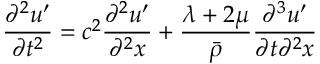
\frac { \partial ^ { 2 } u ^ { \prime } } { \partial t ^ { 2 } } = c ^ { 2 } \frac { \partial ^ { 2 } u ^ { \prime } } { \partial ^ { 2 } x } + \frac { \lambda + 2 \mu } { \bar { \rho } } \frac { \partial ^ { 3 } u ^ { \prime } } { \partial t \partial ^ { 2 } x }